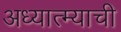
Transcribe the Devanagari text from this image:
अध्यात्म्याची